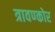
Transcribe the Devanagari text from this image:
त्रावण्कोर